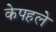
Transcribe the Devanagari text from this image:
केपहले